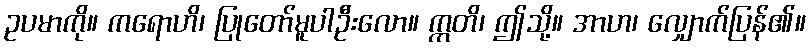
ဥပမာကို။ ကရောဟိ၊ ပြုတော်မူပါဦးလော။ ဣတိ၊ ဤသို့။ အာဟ၊ လျှောက်ပြန်၏။